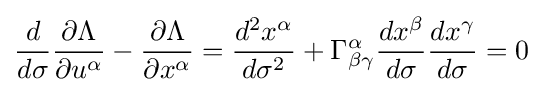
{\frac {d}{d\sigma }}{\frac {\partial \Lambda }{\partial u^{\alpha }}}-{\frac {\partial \Lambda }{\partial x^{\alpha }}}={\frac {d^{2}x^{\alpha }}{d\sigma ^{2}}}+\Gamma _{\beta \gamma }^{\alpha }{\frac {dx^{\beta }}{d\sigma }}{\frac {dx^{\gamma }}{d\sigma }}=0